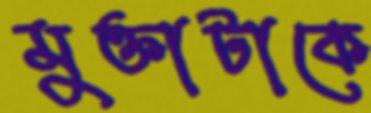
মুক্তাটাকে